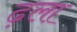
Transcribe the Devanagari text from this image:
ढ़ला